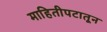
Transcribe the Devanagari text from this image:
माहितीपटातून